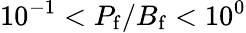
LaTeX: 10^{-1}<P_{\mathrm{f}}/B_{\mathrm{f}}<10^{0}